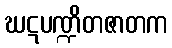
ဃဋပဏ္ဍိတဇာတက